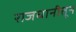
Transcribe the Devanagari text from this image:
राजधानीतून